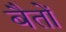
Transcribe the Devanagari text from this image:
बैतों